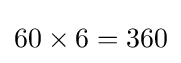
60\times 6=360